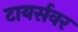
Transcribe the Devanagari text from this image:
टायर्सवर